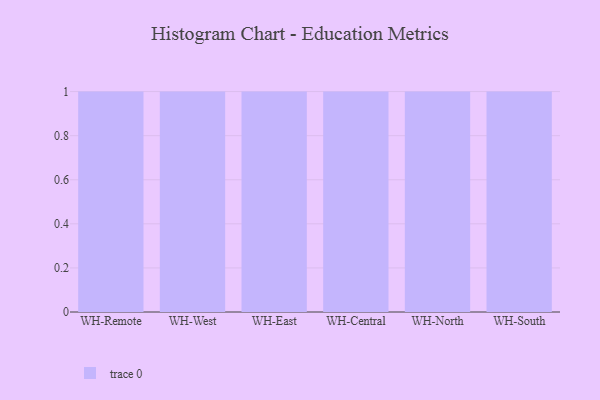
{"axis": {"x": "Warehouse", "y": "Customer Acquisition Cost (USD)"}, "legend": [""], "data": [{"x": "WH-Remote", "y": 76, "type": ""}, {"x": "WH-West", "y": 1, "type": ""}, {"x": "WH-East", "y": 94, "type": ""}, {"x": "WH-Central", "y": 34, "type": ""}, {"x": "WH-North", "y": 9, "type": ""}, {"x": "WH-South", "y": 46, "type": ""}]}